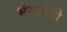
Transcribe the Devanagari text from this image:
भंगलेली